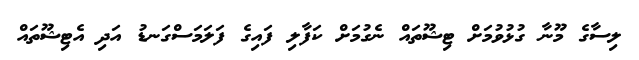
ލިސާގެ މޫނާ ގުޅުވުމަށް ޓިޝޫތައް ނެގުމަށް ކަފާލި ފައިގެ ފަލަމަސްގަނޑު އަދި އެޓިޝޫތައް